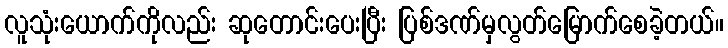
လူသုံးယောက်ကိုလည်း ဆုတောင်းပေးပြီး ပြစ်ဒဏ်မှလွတ်မြောက်စေခဲ့တယ်။